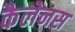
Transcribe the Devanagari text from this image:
कैलेनस